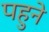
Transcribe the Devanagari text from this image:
पहुने